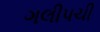
ગલીપચી